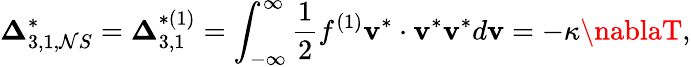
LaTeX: {\boldsymbol{\Delta}}_{3,1,\mathcal{N}S}^{*}={\boldsymbol{\Delta}}_{3,1}^{*(1)}=\int_{-\infty}^{\infty}{\frac{{1}}{{2}}{f^{(1)}}{{\mathbf{{v}}}^{*}}\cdot{{\mathbf{{v}}}^{*}}{{\mathbf{{v}}}^{*}}d{\mathbf{{v}}}}=-\kappa\nablaT,